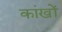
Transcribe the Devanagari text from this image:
कांखों